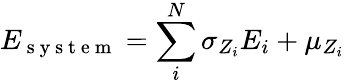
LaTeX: E_{\mathrm{~s~y~s~t~e~m~}}=\sum_{i}^{N}{\sigma_{Z_{i}}E_{i}+\mu_{Z_{i}}}